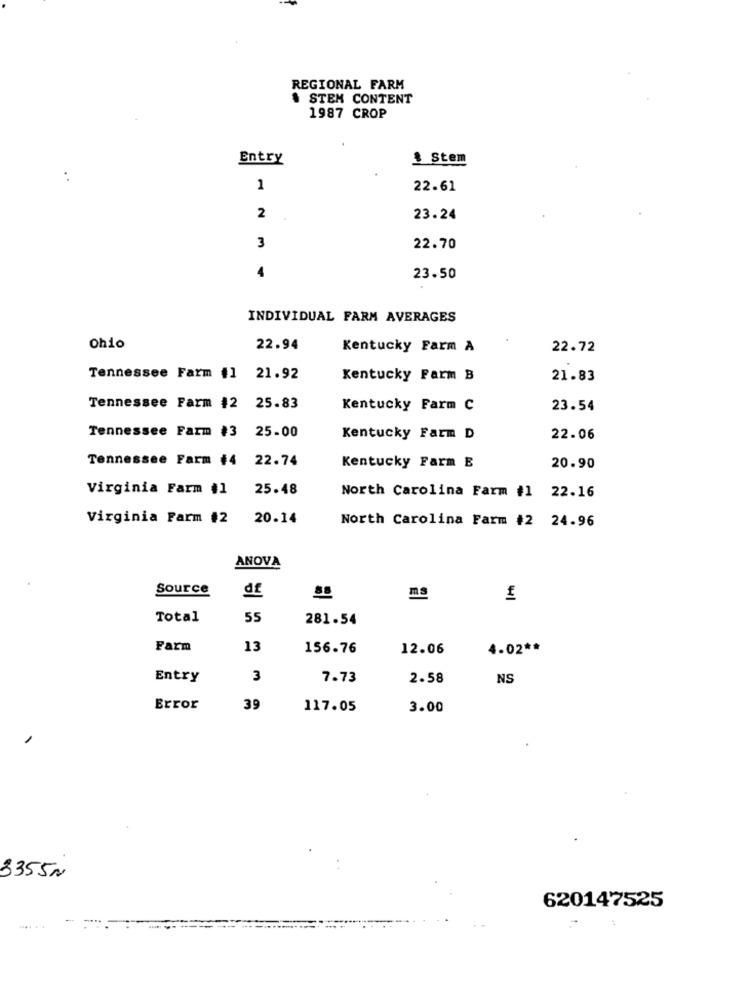
REGIONAL FARM
& STEM CONTENT
1987 CROP
Entry
& Stem
:
1
22.61
2
23.24
3
22.70
4
23.50
INDIVIDUAL FARM AVERAGES
Ohio
22.94
Kentucky Farm A
22.72
Tennessee Farm #1
21.92
Kentucky Farm B
21.83
Tennessee Farm #2 25.83
Kentucky Farm C
23.54
Tennessee Farm #3 25.00
Kentucky Farm D
22.06
Kentucky Farm E
Tennessee Farm #4 22.74
20.90
Virginia Farm #1
25.48
North Carolina Farm #1 22.16
Virginia Farm #2 20.14
North Carolina Farm #2 24.96
ANOVA
Source
df
ms
Total
55
281.54
Farm
13
156.76
12.06
4.02 **
Entry
3
7.73
2.58
NS
Error
39
117.05
3.00
3355N
620147525